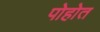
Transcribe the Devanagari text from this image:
पोहोत